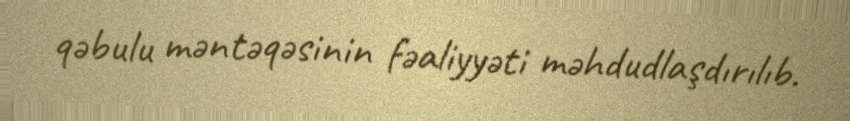
qəbulu məntəqəsinin fəaliyyəti məhdudlaşdırılıb.